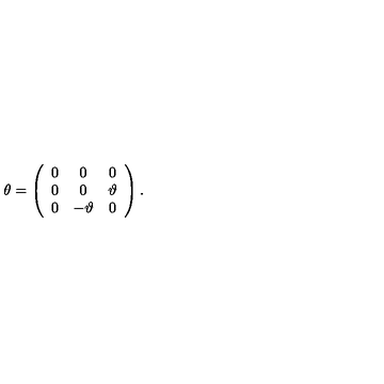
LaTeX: \theta = \left( \begin{array} { c c c } { 0 } & { 0 } & { 0 } \\ { 0 } & { 0 } & { \vartheta } \\ { 0 } & { - \vartheta } & { 0 } \\ \end{array} \right) .